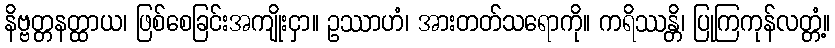
နိဗ္ဗတ္တနတ္ထာယ၊ ဖြစ်စေခြင်းအကျိုးငှာ။ ဥဿာဟံ၊ အားတတ်သရောကို။ ကရိဿန္တိ၊ ပြုကြကုန်လတ္တံ့။